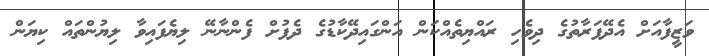
ވަޒީފާއަށް އެދޭފަރާތުގެ ދިވެހި ރައްޔިތެއްކަން އަންގައިދޭކާޑުގެ ދެފުށް ފެންނާނޭ ލިޔެފައިވާ ލިޔުންތައް ކިޔަން